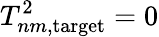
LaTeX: T_{nm,\mathrm{target}}^{2}=0